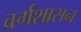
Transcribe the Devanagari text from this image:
वर्गशासन